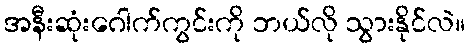
အနီးဆုံးဂေါက်ကွင်းကို ဘယ်လို သွားနိုင်လဲ။